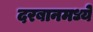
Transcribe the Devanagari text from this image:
दरबानमध्ये